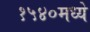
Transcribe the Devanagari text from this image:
१५४०मध्ये